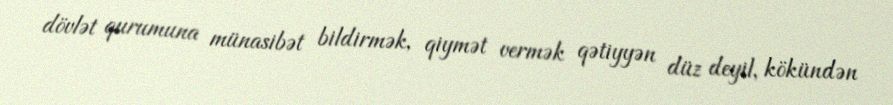
dövlət qurumuna münasibət bildirmək, qiymət vermək qətiyyən düz deyil, kökündən